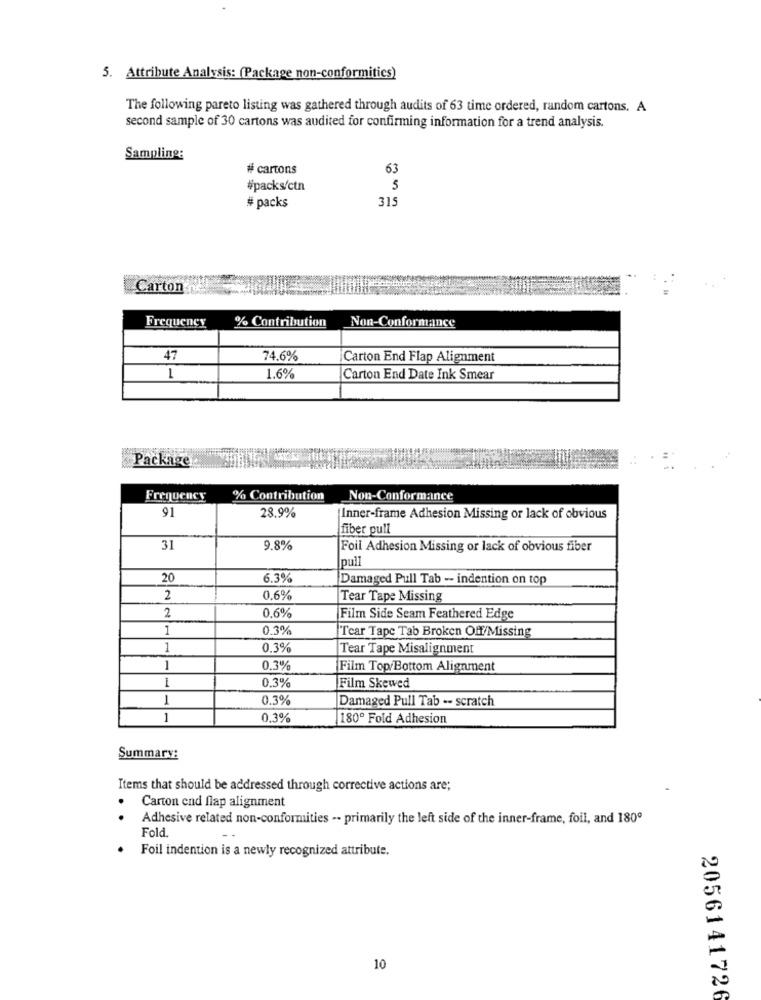
5. Attribute Analysis: (Package non-conformitics)
The following pareto listing was gathered through audits of 63 time ordered, random cartons. A
second sample of 30 cartons was audited for confirming information for a trend analysis.
Sampling:
# cartons
63
#packs/ctn
5
31
# packs
Carton
Frequency
% Contribution
Non-Conformance
47
74.6%
Carton End Flap Alignment
1
1.6%
Carton End Date Ink Smear
Package
Frequency
% Contribution
Non-Conformance
91
28.9%
Inner-frame Adhesion Missing or lack of obvious
fiber pull
31
9.8%
Foil Adhesion Missing or lack of obvious fiber
pull
20
6.3%
Damaged Pull Tab -- indention on top
2
0.6%
Tear Tape Missing
2
0.6%
Film Side Seam Feathered Edge
1
0.3%
Tear Tape Tab Broken Off/Missing
1
0.3%
Tear Tape Misalignment
1
0.3%
Film Top/Bottom Alignment
1
0.3%
Film Skewed
1
0.3%
Damaged Pull Tab -- scratch
1
0.3%
180º Fold Adhesion
Summary:
Items that should be addressed through corrective actions are;
.
Carton end flap alignment
Adhesive related non-conformities -- primarily the left side of the inner-frame, foil, and 180º
Fold.
Foil indention is a newly recognized attribute.
10
2056141726